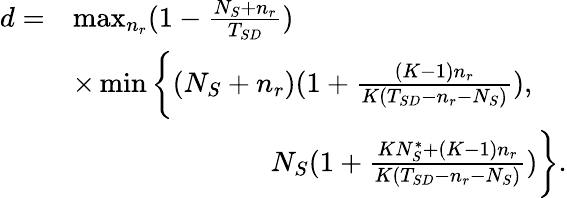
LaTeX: \begin{array}{rl}{d=}&{\operatorname*{max}_{n_{r}}(1-\frac{N_{S}+n_{r}}{T_{SD}})}\\ &{\times\operatorname*{min}\bigg\{ (N_{S}+n_{r})(1+\frac{(K-1)n_{r}}{K(T_{SD}-n_{r}-N_{S})}),}\\ &{\quad\quad\quad\quad\quad\quad\quad N_{S}(1+\frac{KN_{S}^{\ast}+(K-1)n_{r}}{K(T_{SD}-n_{r}-N_{S})})\bigg\} .}\end{array}